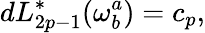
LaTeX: dL_{2p-1}^{*}(\omega_{b}^{a})=c_{p},